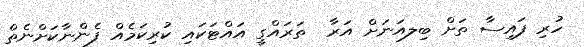
ހުރި ފައިސާ ތަށް ބިލއަނަށް އަރާ  ތަރައްގީ އައްޓަކައި ކުރިކަމެއް ފެންނާކަށްނެތް